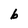
Character: b